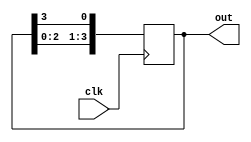
module ring_counter(
    input wire clk,
    output reg [3:0] out
);

reg [3:0] state;

always @(posedge clk) begin
    state <= state << 1;
    state[0] <= state[3];
end

assign out = state;

endmodule